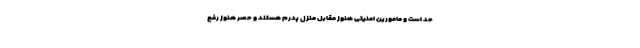
حد است و مامورین امنیتی هنوز مقابل منزل پدرم هستند و حصر هنوز رفع